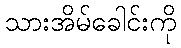
သားအိမ်ခေါင်းကို